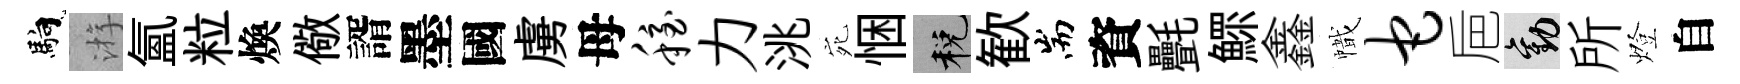
馿㳺氳粒煥儆諝墨國虜母稳力洮宛悃税歓耑資㲲鰥鑫幟它巵勸所燈自